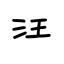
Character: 汪